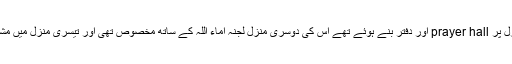
1967ء میں حیدرآباد میں شدید بارش کے بعد جوبلی ہال جس کی پہلی منزل پر prayer hall اور دفتر بنے ہوئے تھے اس کی دوسری منزل لجنہ اماء اللہ کے ساتھ مخصوص تھی اور تیسری منزل میں مشن ہاؤس واقع تھا، کا بیشتر حصہ اس بارش کی وجہ سے یکدم منہدم ہو گیا۔